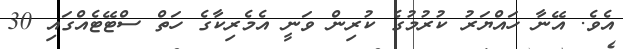
އެވެ. އޭނާ ހައްޔަރު ކުރުމުގެ ކުރިން ވަނީ އެމެރިކާގެ ހަތް ސްޓޭޓެއްގައި 30